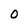
Character: 0